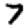
Digit: 7